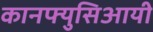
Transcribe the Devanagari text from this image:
कानफ्युसिआयी